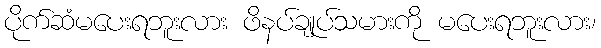
ပိုက်ဆံမပေးရဘူးလား ဖိနပ်ချုပ်သမားကို မပေးရဘူးလား၊